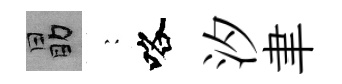
勗巍咯汐聿